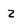
Character: Z